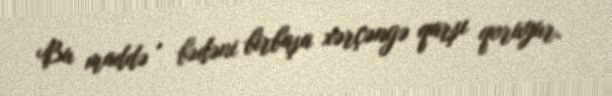
Bu maddə , bədəni birbaşa xərçəngə qarşı qoruyur.